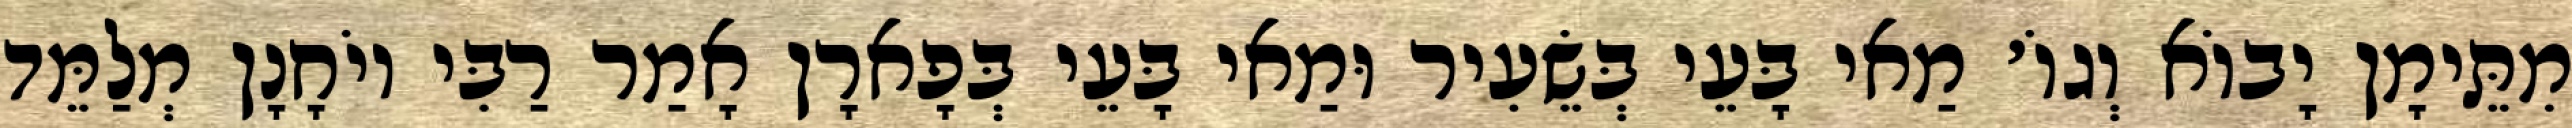
מִתֵּימָן יָבוֹא וְגוֹ׳ מַאי בָּעֵי בְּשֵׂעִיר וּמַאי בָּעֵי בְּפָארָן אָמַר רַבִּי יוֹחָנָן מְלַמֵּד